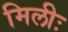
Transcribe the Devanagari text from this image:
मिलीः